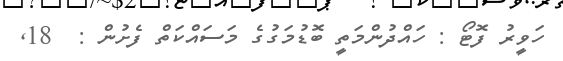
ހަވީރު ފޮޓޯ : ހައްދުންމަތީ ބޮޑުމަގުގެ މަސައްކަތް ފެށުން :  18